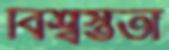
বিশ্বস্ততা